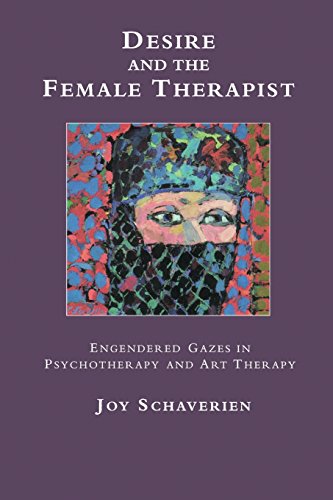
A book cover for Desire and the Female Therapist: Engendered Gazes in Psychotherapy and Art Therapy; Joy Schaverien; Literature & Fiction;